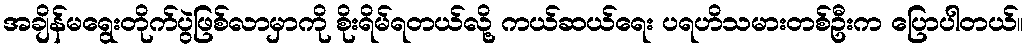
အချိန်မရွေးတိုက်ပွဲဖြစ်လာမှာကို စိုးရိမ်ရတယ်လို့ ကယ်ဆယ်ရေး ပရဟိသမားတစ်ဦးက ပြောပါတယ်။